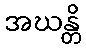
အဃန္တိ